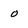
Character: 0